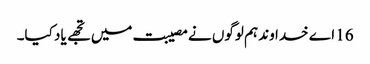
16 اے خدا وند ہم لوگوں نے مصیبت میں تجھے یاد کیا۔